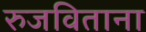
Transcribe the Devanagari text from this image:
रुजविताना